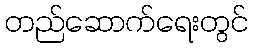
တည်ဆောက်ရေးတွင်